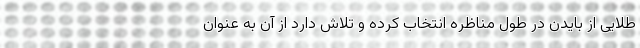
طلایی از بایدن در طول مناظره انتخاب کرده و تلاش دارد از آن به عنوان